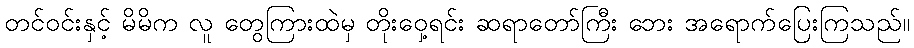
တင်ဝင်းနှင့် မိမိက လူ တွေကြားထဲမှ တိုးဝှေ့ရင်း ဆရာတော်ကြီး ဘေး အရောက်ပြေးကြသည်။